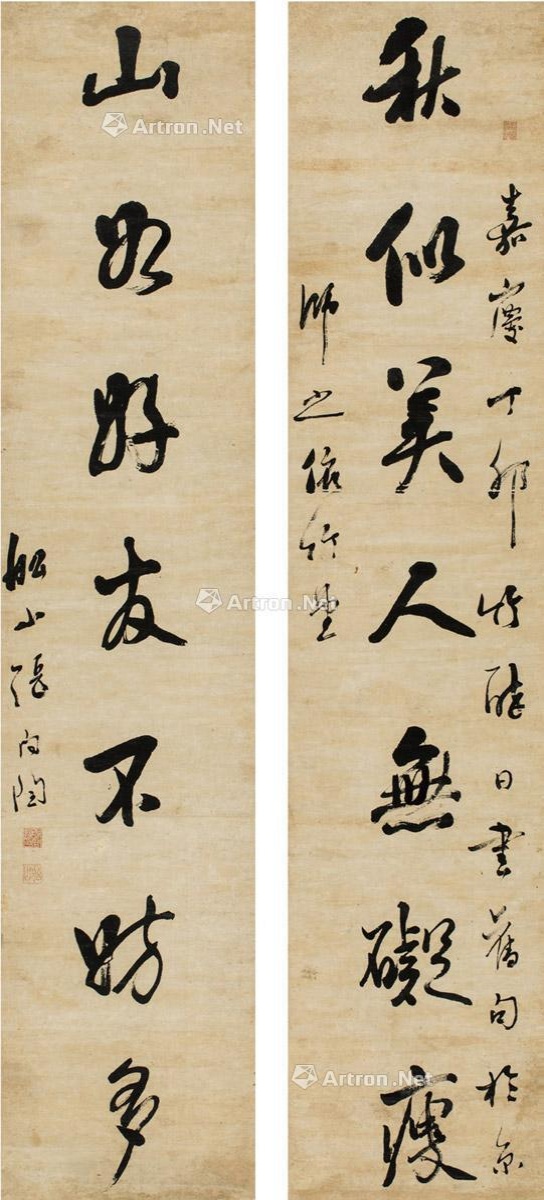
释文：秋似美人无碍瘦，山如好友不妨多。嘉庆丁卯竹醉日，书旧句于京师之依竹堂，船山张问陶。